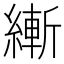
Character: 𱹿